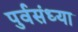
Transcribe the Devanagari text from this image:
पुर्वसंध्या